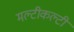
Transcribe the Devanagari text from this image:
मल्टीकल्टी